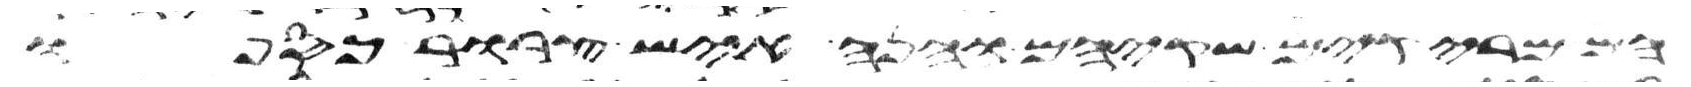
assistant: מריקים שקיהם והנה איש צרור כספו